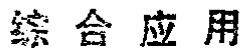
综合应用